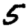
Digit: 5